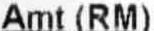
AMT (RM)